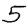
Digit: 5